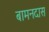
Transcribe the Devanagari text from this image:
बामनदास